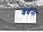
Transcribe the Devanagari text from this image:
वर्धनी